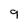
Character: 9